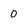
Character: 0